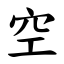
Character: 空